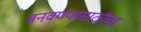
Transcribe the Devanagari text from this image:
बनवण्यासाठीचा